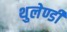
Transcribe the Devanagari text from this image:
थुलेण्डी